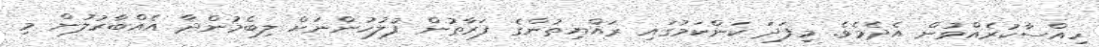
ހިއްސާކުރެއްވުން އެދެމެވެ. މިފަދަ ކަންކަމުގައި ރައްޔިތުންގެ ފަރާތުން ފުލުހުންނަށް ލިބެމުންދާ އެއްބާރުލުން މި